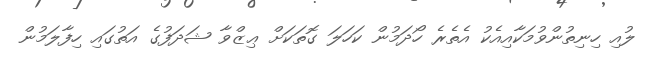
ލުއި ހިނިތުންވުމަކާއިއެކު އެތެރެ ހޯދަމުން ކަހަލަ ގޮތަކަށް ޢިޒްވާ ޝަދަފުގެ އަތުގައި ހިފާލަމުން